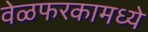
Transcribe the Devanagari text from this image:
वेळफरकामध्ये